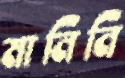
মানিনি